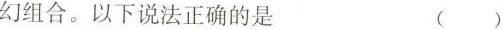
幻组合。以下说法正确的是 ( )